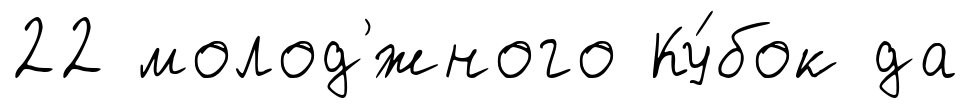
22 молод'́жного Ку́бок да